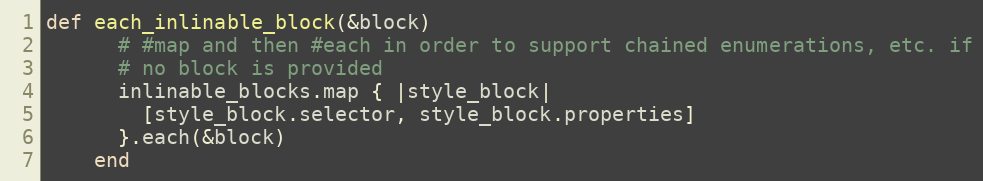
Language: Ruby
def each_inlinable_block(&block)
      # #map and then #each in order to support chained enumerations, etc. if
      # no block is provided
      inlinable_blocks.map { |style_block|
        [style_block.selector, style_block.properties]
      }.each(&block)
    end